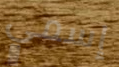
إسمي